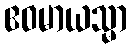
ဧဝမာယသ္မာ